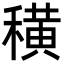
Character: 穔